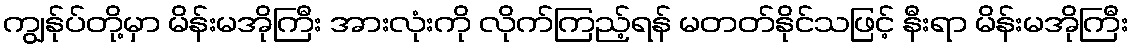
ကျွန်ုပ်တို့မှာ မိန်းမအိုကြီး အားလုံးကို လိုက်ကြည့်ရန် မတတ်နိုင်သဖြင့် နီးရာ မိန်းမအိုကြီး